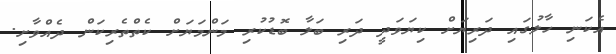
އެކަނި ހާލުގައި ދަރިޔަށް ކިޔަވަދީ ދަރި ބަލާ ބޮޑުކުރި މަންމަޔަށް ކެތްތެރިކަން ދެއްވާށި.